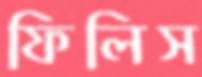
ফিলিস